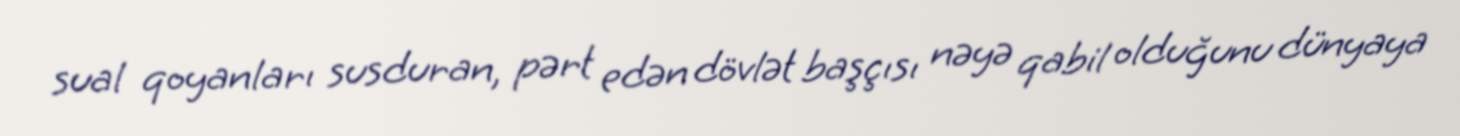
sual qoyanları susduran, pərt edən dövlət başçısı nəyə qabil olduğunu dünyaya